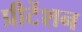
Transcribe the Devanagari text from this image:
प्रीटेंशन